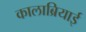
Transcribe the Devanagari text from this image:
कालाब्रियाई